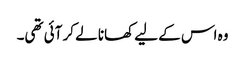
وہ اس کے لیے کھانا لے کر آئی تھی۔